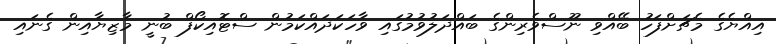
އިއްޔެގެ މެޗަށްފަހު ބޭއްވި ނޫސްވެރިންގެ ބައްދަލުވުމުގައި ވާހަކަދައްކަމުން ސްޓޮއިކޯފް ބުނީ މާޒިޔާއިން ގެނައި